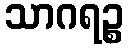
သာဂရဉ္စ